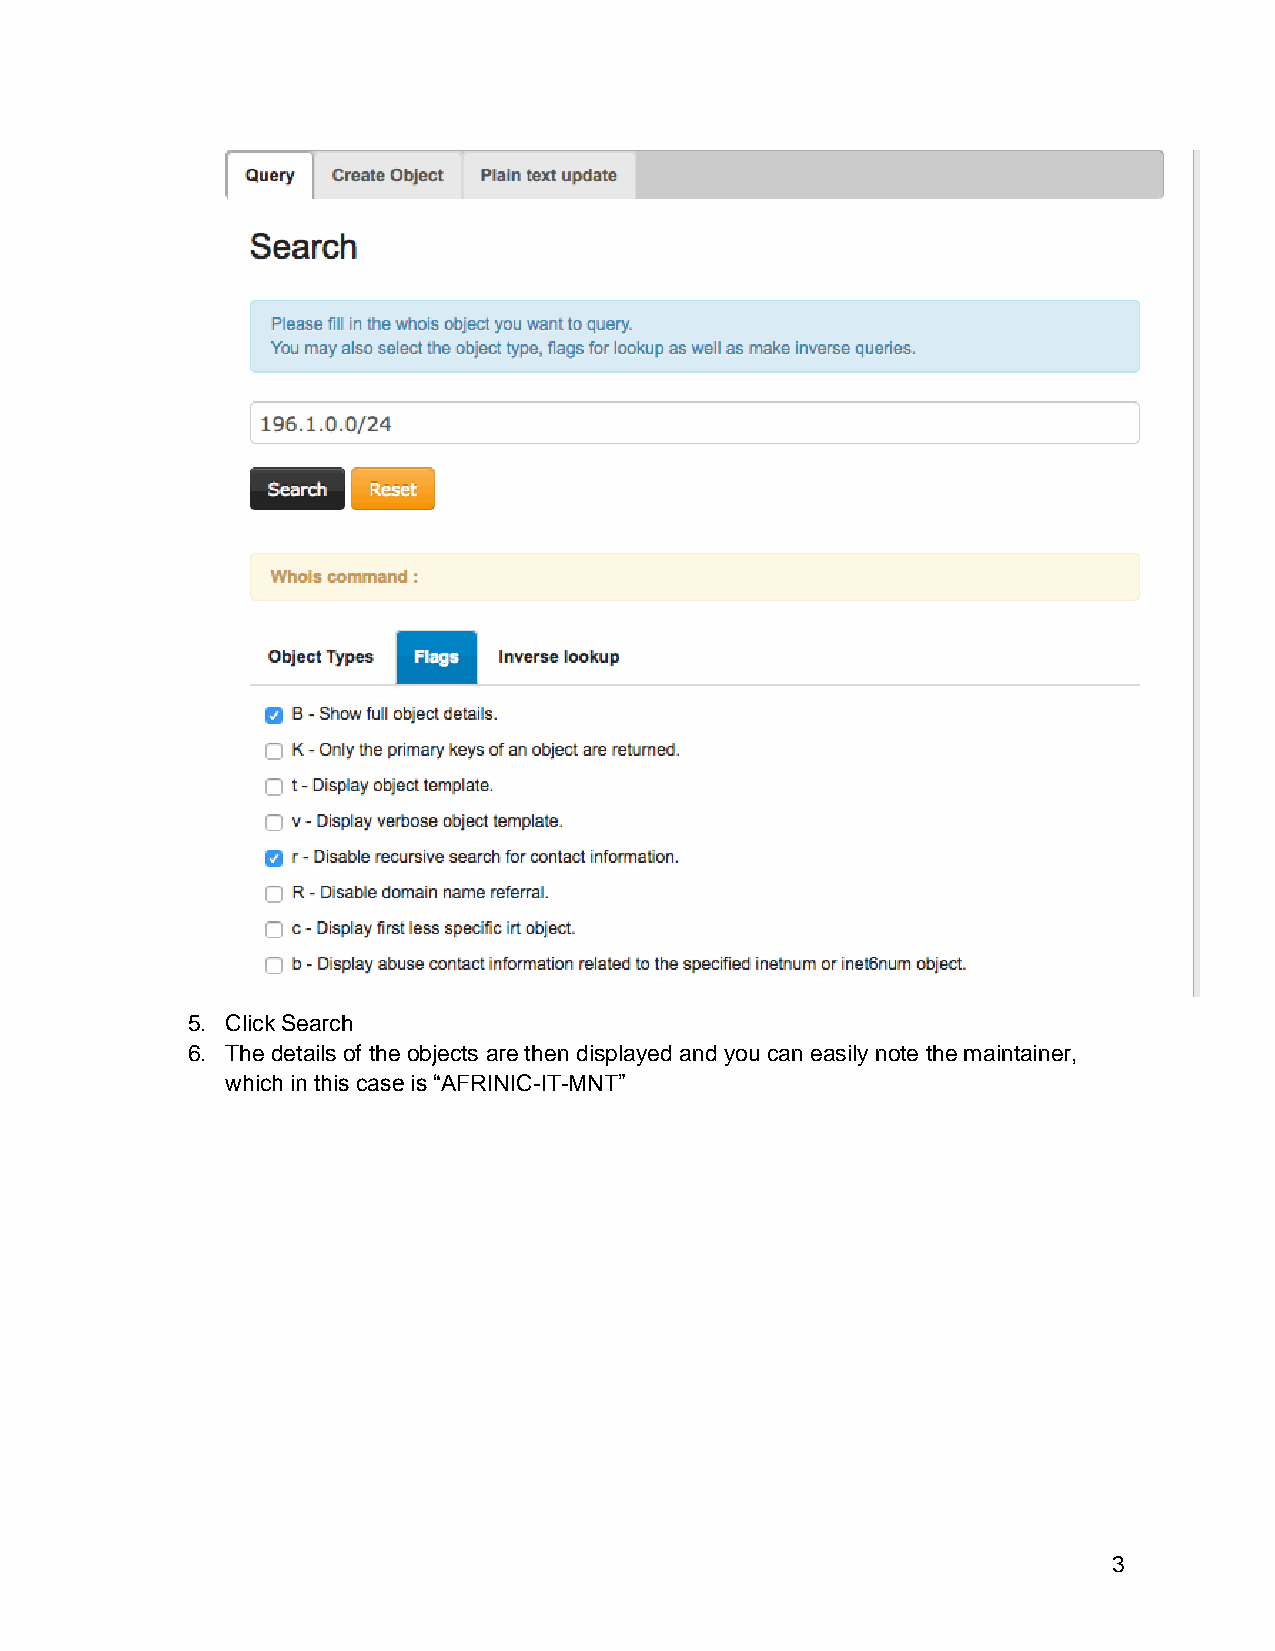
5. Click Search
 6. The details of the objects are then displayed and you can easily note the maintainer,
 which in this case is “AFRINIC-IT-MNT”
 3